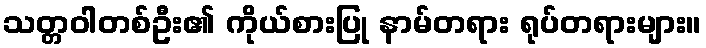
သတ္တဝါတစ်ဦး၏ ကိုယ်စားပြု နာမ်တရား ရုပ်တရားများ။